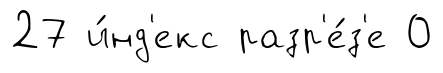
27 и́нд'екс разр'е́з'е 0